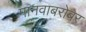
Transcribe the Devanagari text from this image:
मानवाबरोबर